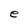
Character: e